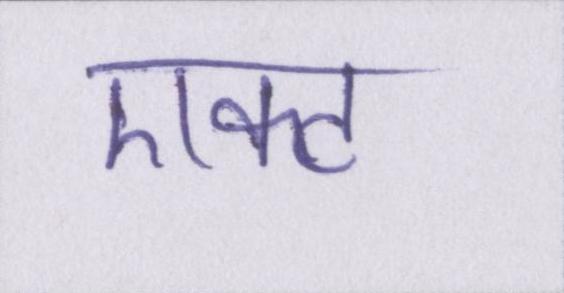
एक्ट